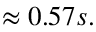
\approx 0 . 5 7 s .